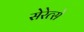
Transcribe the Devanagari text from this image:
सेरेत्से